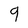
Character: 9